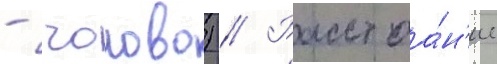
- чолово) // Расстоа́н'ие